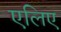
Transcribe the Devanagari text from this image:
एलिए